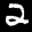
Label: 2